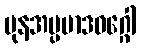
ပုနအပ္ပမာဒဝဂ္ဂေါ